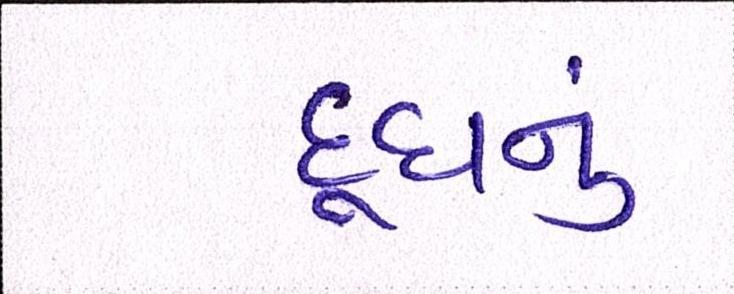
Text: દૂધનું